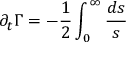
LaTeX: \partial _ { t } \Gamma = - \frac { 1 } { 2 } \int _ { 0 } ^ { \infty } \frac { { d } s } { s }